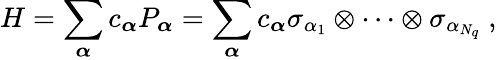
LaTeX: H=\sum_{\boldsymbol{\alpha}}c_{\boldsymbol{\alpha}}P_{\boldsymbol{\alpha}}=\sum_{\boldsymbol{\alpha}}c_{\boldsymbol{\alpha}}\sigma_{\alpha_{1}}\otimes\cdots\otimes\sigma_{\alpha_{N_{q}}}\ ,